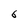
Character: 6